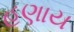
હણાય